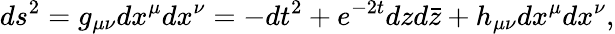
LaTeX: ds^{2}=g_{\mu\nu}dx^{\mu}dx^{\nu}=-dt^{2}+e^{-2t}dzd\bar{z}+h_{\mu\nu}dx^{\mu}dx^{\nu},